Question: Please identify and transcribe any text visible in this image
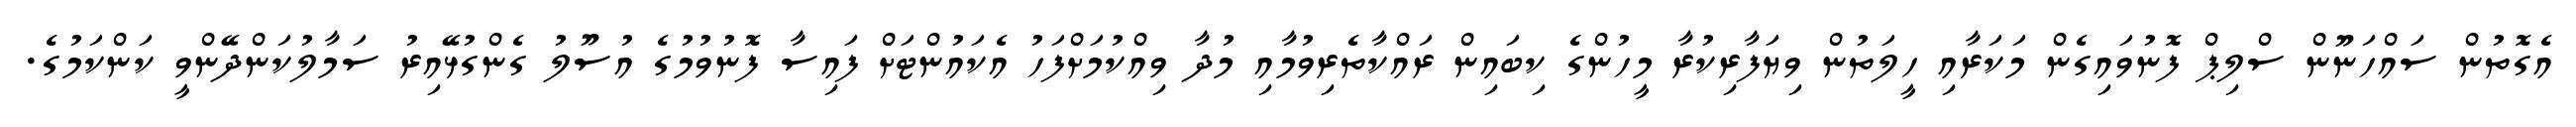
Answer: އެގޮތުން ސައްހަނޫން ސްލިޕް ފޮނުވައިގެން މަކަރާއި ހީލަތުން ވިޔަފާރިކުރާ މީހުންގެ ކިބައިން ރައްކާތެރިވުމާއި މުދާ ވިއްކުމަށްފަހު އެކައުންޓަށް ފައިސާ ފޮނުވުމުގެ އުސޫލު ގެންގުޅޭއިރު ސަމާލުކަންދޭންވީ ކަންކަމުގެ.